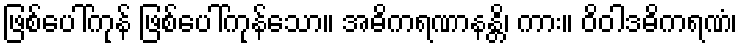
ဖြစ်ပေါ်ကုန် ဖြစ်ပေါ်ကုန်သော။ အဓိကရဏာနန္တိ၊ ကား။ ဝိဝါဒဓိကရဏံ၊